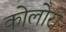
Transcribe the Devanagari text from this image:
कोलोरा